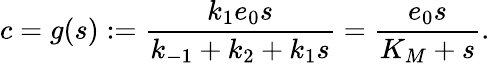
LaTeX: c=g(s):=\frac{k_{1}e_{0}s}{k_{-1}+k_{2}+k_{1}s}=\frac{e_{0}s}{K_{M}+s}.